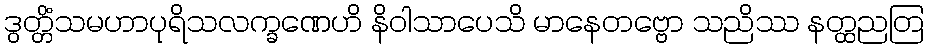
ဒွတ္တိံသမဟာပုရိသလက္ခဏေဟိ နိဝါသာပေသိ မာနေတဗ္ဗော သညိဿ နတ္ထညတြ